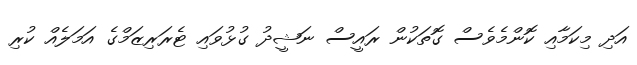
އަދި މިކަމާއި ކޮންމެވެސް ގޮތަކުން ރައީސް ނަޝީދު ގުޅުވައި ޓެރަރިޒަމްގެ އަމަލެއް ކުރި